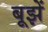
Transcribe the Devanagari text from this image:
बूझें